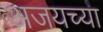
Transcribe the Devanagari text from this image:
अजयच्या